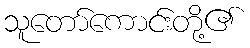
သူတော်ကောင်းတို့၏